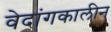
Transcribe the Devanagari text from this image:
वेदांगकालीन